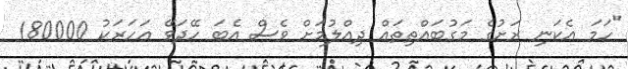
"ހަމަ އެކަނި ރަށުގެ މަގުބައްތިތައް ދިއްލުމަށް ވެސް އެބަ ހޭދަވޭ އަހަރަކު 180000